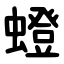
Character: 䗳